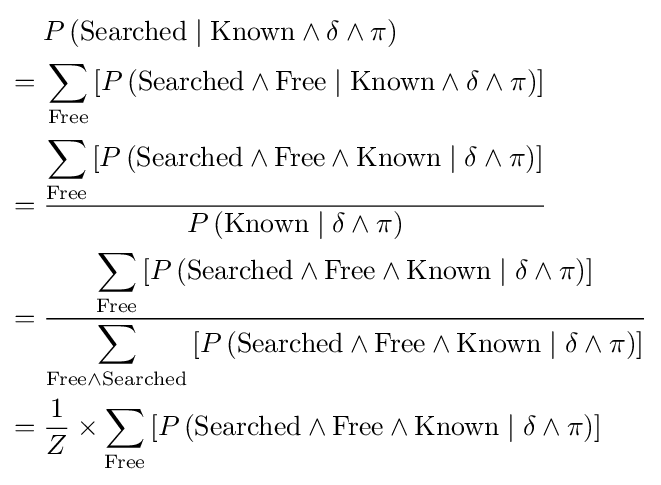
{\begin{aligned}&P\left({\text{Searched}}\mid {\text{Known}}\wedge \delta \wedge \pi \right)\\={}&\sum _{\text{Free}}\left[P\left({\text{Searched}}\wedge {\text{Free}}\mid {\text{Known}}\wedge \delta \wedge \pi \right)\right]\\={}&{\frac {\displaystyle \sum _{\text{Free}}\left[P\left({\text{Searched}}\wedge {\text{Free}}\wedge {\text{Known}}\mid \delta \wedge \pi \right)\right]}{\displaystyle P\left({\text{Known}}\mid \delta \wedge \pi \right)}}\\={}&{\frac {\displaystyle \sum _{\text{Free}}\left[P\left({\text{Searched}}\wedge {\text{Free}}\wedge {\text{Known}}\mid \delta \wedge \pi \right)\right]}{\displaystyle \sum _{{\text{Free}}\wedge {\text{Searched}}}\left[P\left({\text{Searched}}\wedge {\text{Free}}\wedge {\text{Known}}\mid \delta \wedge \pi \right)\right]}}\\={}&{\frac {1}{Z}}\times \sum _{\text{Free}}\left[P\left({\text{Searched}}\wedge {\text{Free}}\wedge {\text{Known}}\mid \delta \wedge \pi \right)\right]\end{aligned}}